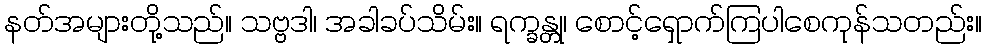
နတ်အများတို့သည်။ သဗ္ဗဒါ၊ အခါခပ်သိမ်း။ ရက္ခန္တု၊ စောင့်ရှောက်ကြပါစေကုန်သတည်း။